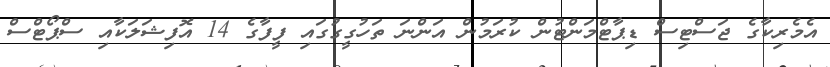
އެމެރިކާގެ ޖަސްޓިސް ޑިޕާޓްމަންޓުން ކުރަމުން އަންނަ ތަހުގީގުގައި ފީފާގެ 14 އޮފިޝަލަކާއި ސްޕޯޓްސް